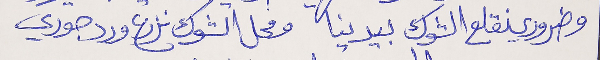
وضروري نقلع الشوك بيدينا ومحل الشوك نزرع ورد جوري